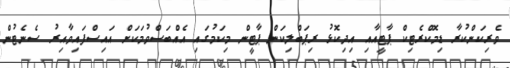
ވެރިކަންކުރާ ޑިމޮކްރެޓިކް ޕާޓީއާއި އިދިކޮޅު ރިޕަބްލިކަން ޕާޓީން މިކަމުގައި އެއްބަސްވުމަކަށް އައިސްފައިވާއިރު ސެނެޓުން